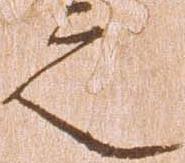
之